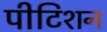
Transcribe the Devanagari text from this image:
पीटिशन